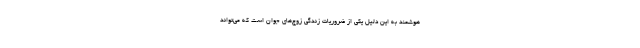
هوشمند به این دلیل یکی از ضروریات زندگی زوج‌های جوان است که می‌تواند